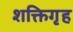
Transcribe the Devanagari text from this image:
शक्तिगृह